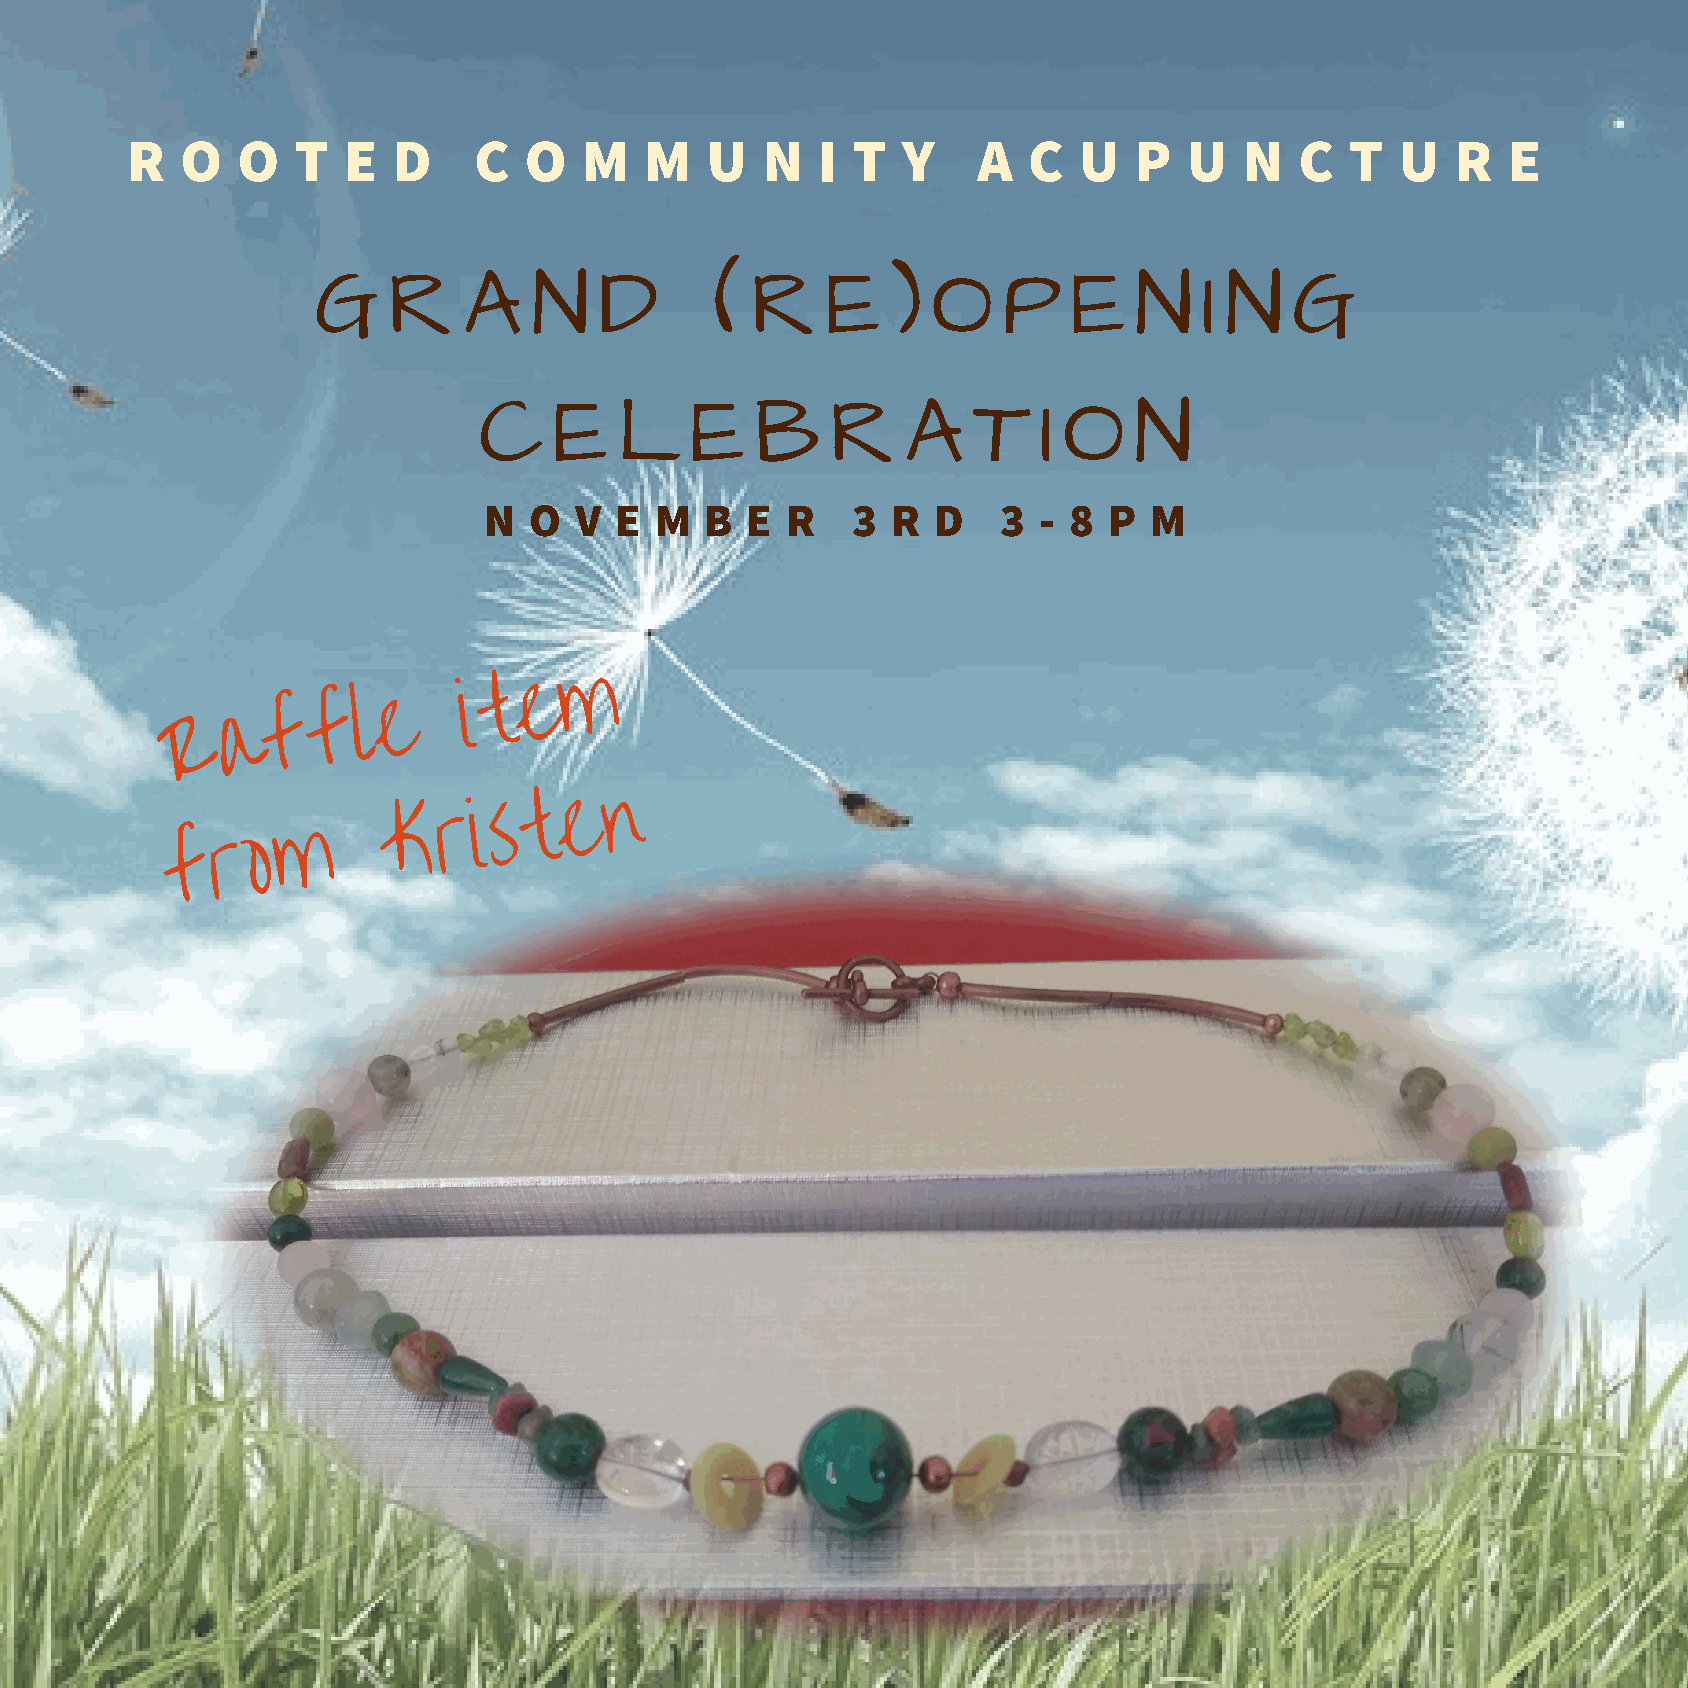
R   O   O  T   E  D    C   O   M   M   U  N   I T   Y    A  C  U   P   U  N   C  T   U  R   E
 G    R    A   N    D      (  R    E   )  O   P    E   N    I N   G
 C    E   L    E   B    R    A   T    I O   N
 N  O  V  E M   B E  R   3  R  D   3  - 8 P  M
 m
 R   a  f  f  l e
 i t e
 K  r  i s t e n
 m
 f  r  o